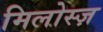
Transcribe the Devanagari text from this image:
मिलोस्ज़